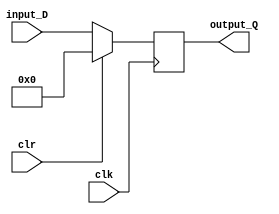
`timescale 1ns/10ps

module In_Port (
  input clk,
  input clr,
  input [31:0] input_D, //input unit
  output reg [31:0] output_Q //buxmuxinport
  );
  
  always @(posedge clk)
    begin
      if (clr)
      	output_Q = 0;
      else
      	output_Q <= input_D;
    end
endmodule